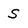
Character: s